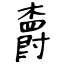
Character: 𣝣